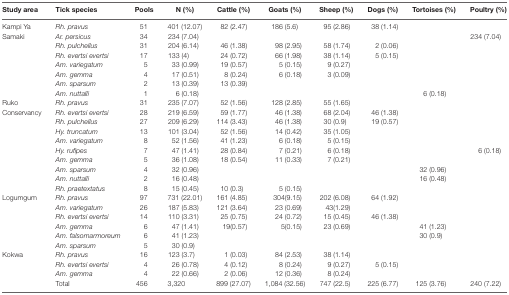
<table><thead><tr><td><b>Study area</b></td><td><b>Tick species</b></td><td><b>Pools</b></td><td><b>N (%)</b></td><td><b>Cattle (%)</b></td><td><b>Goats (%)</b></td><td><b>Sheep (%)</b></td><td><b>Dogs (%)</b></td><td><b>Tortoises (%)</b></td><td><b>Poultry (%)</b></td></tr></thead><tbody><tr><td rowspan="8">Kampi Ya Samaki</td><td><i>Rh. pravus</i></td><td>51</td><td>401 (12.07)</td><td>82 (2.47)</td><td>186 (5.6)</td><td>95 (2.86)</td><td>38 (1.14)</td><td></td><td></td></tr><tr><td><i>Ar. persicus</i></td><td>34</td><td>234 (7.04)</td><td></td><td></td><td></td><td></td><td></td><td>234 (7.04)</td></tr><tr><td><i>Rh. pulchellus</i></td><td>31</td><td>204 (6.14)</td><td>46 (1.38)</td><td>98 (2.95)</td><td>58 (1.74)</td><td>2 (0.06)</td><td></td><td></td></tr><tr><td><i>Rh. evertsi evertsi</i></td><td>17</td><td>133 (4)</td><td>24 (0.72)</td><td>66 (1.98)</td><td>38 (1.14)</td><td>5 (0.15)</td><td></td><td></td></tr><tr><td><i>Am. variegatum</i></td><td>5</td><td>33 (0.99)</td><td>19 (0.57)</td><td>5 (0.15)</td><td>9 (0.27)</td><td></td><td></td><td></td></tr><tr><td><i>Am. gemma</i></td><td>4</td><td>17 (0.51)</td><td>8 (0.24)</td><td>6 (0.18)</td><td>3 (0.09)</td><td></td><td></td><td></td></tr><tr><td><i>Am. sparsum</i></td><td>2</td><td>13 (0.39)</td><td>13 (0.39)</td><td></td><td></td><td></td><td></td><td></td></tr><tr><td><i>Am. nuttalli</i></td><td>1</td><td>6 (0.18)</td><td></td><td></td><td></td><td></td><td>6 (0.18)</td><td></td></tr><tr><td rowspan="10">Ruko Conservancy</td><td><i>Rh. pravus</i></td><td>31</td><td>235 (7.07)</td><td>52 (1.56)</td><td>128 (2.85)</td><td>55 (1.65)</td><td></td><td></td><td></td></tr><tr><td><i>Rh. evertsi evertsi</i></td><td>28</td><td>219 (6.59)</td><td>59 (1.77)</td><td>46 (1.38)</td><td>68 (2.04)</td><td>46 (1.38)</td><td></td><td></td></tr><tr><td><i>Rh. pulchellus</i></td><td>27</td><td>209 (6.29)</td><td>114 (3.43)</td><td>46 (1.38)</td><td>30 (0.9)</td><td>19 (0.57)</td><td></td><td></td></tr><tr><td><i>Hy. truncatum</i></td><td>13</td><td>101 (3.04)</td><td>52 (1.56)</td><td>14 (0.42)</td><td>35 (1.05)</td><td></td><td></td><td></td></tr><tr><td><i>Am. variegatum</i></td><td>8</td><td>52 (1.56)</td><td>41 (1.23)</td><td>6 (0.18)</td><td>5 (0.15)</td><td></td><td></td><td></td></tr><tr><td><i>Hy. rufipes</i></td><td>7</td><td>47 (1.41)</td><td>28 (0.84)</td><td>7 (0.21)</td><td>6 (0.18)</td><td></td><td></td><td>6 (0.18)</td></tr><tr><td><i>Am. gemma</i></td><td>5</td><td>36 (1.08)</td><td>18 (0.54)</td><td>11 (0.33)</td><td>7 (0.21)</td><td></td><td></td><td></td></tr><tr><td><i>Am. sparsum</i></td><td>4</td><td>32 (0.96)</td><td></td><td></td><td></td><td></td><td>32 (0.96)</td><td></td></tr><tr><td><i>Am. nuttalli</i></td><td>2</td><td>16 (0.48)</td><td></td><td></td><td></td><td></td><td>16 (0.48)</td><td></td></tr><tr><td><i>Rh. praetextatus</i></td><td>8</td><td>15 (0.45)</td><td>10 (0.3)</td><td>5 (0.15)</td><td></td><td></td><td></td><td></td></tr><tr><td rowspan="6">Logumgum</td><td><i>Rh. pravus</i></td><td>97</td><td>731 (22.01)</td><td>161 (4.85)</td><td>304(9.15)</td><td>202 (6.08)</td><td>64 (1.92)</td><td></td><td></td></tr><tr><td><i>Am. variegatum</i></td><td>26</td><td>187 (5.83)</td><td>121 (3.64)</td><td>23 (0.69)</td><td>43(1.29)</td><td></td><td></td><td></td></tr><tr><td><i>Rh. evertsi evertsi</i></td><td>14</td><td>110 (3.31)</td><td>25 (0.75)</td><td>24 (0.72)</td><td>15 (0.45)</td><td>46 (1.38)</td><td></td><td></td></tr><tr><td><i>Am. gemma</i></td><td>6</td><td>47 (1.41)</td><td>19(0.57)</td><td>5(0.15)</td><td>23 (0.69)</td><td></td><td>41 (1.23)</td><td></td></tr><tr><td><i>Am. falsomarmoreum</i></td><td>6</td><td>41 (1.23)</td><td></td><td></td><td></td><td></td><td>30 (0.9)</td><td></td></tr><tr><td><i>Am. sparsum</i></td><td>5</td><td>30 (0.9)</td><td></td><td></td><td></td><td></td><td></td><td></td></tr><tr><td rowspan="4">Kokwa</td><td><i>Rh. pravus</i></td><td>16</td><td>123 (3.7)</td><td>1 (0.03)</td><td>84 (2.53)</td><td>38 (1.14)</td><td></td><td></td><td></td></tr><tr><td><i>Rh. evertsi evertsi</i></td><td>4</td><td>26 (0.78)</td><td>4 (0.12)</td><td>8 (0.24)</td><td>9 (0.27)</td><td>5 (0.15)</td><td></td><td></td></tr><tr><td><i>Am. gemma</i></td><td>4</td><td>22 (0.66)</td><td>2 (0.06)</td><td>12 (0.36)</td><td>8 (0.24)</td><td></td><td></td><td></td></tr><tr><td>Total</td><td>456</td><td>3,320</td><td>899 (27.07)</td><td>1,084 (32.56)</td><td>747 (22.5)</td><td>225 (6.77)</td><td>125 (3.76)</td><td>240 (7.22)</td></tr></tbody></table>